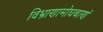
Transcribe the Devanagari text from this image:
विभ्राणामोघबाणं